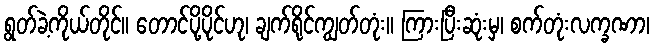
ရွတ်ခဲ့ကိုယ်တိုင်။ တောင်ပို့ပိုင်ဟု၊ ချက်ရိုင်ကျွတ်တုံး။ ကြားပြီးဆုံးမှ၊ စက်တုံးလက္ခဏာ၊